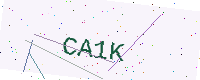
Text: CA1K